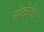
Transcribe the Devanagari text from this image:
प्रोटोनेट